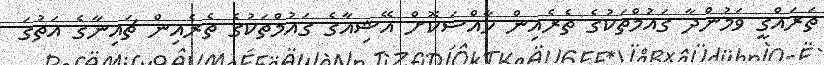
ތަރައްގީ ވަމުންދާ ގައުމްްތަކުގެ ތެރެއިން ހާއްސަކޮށް އޭޝިއާގެ ގައުމްތަކުގެ ތެރެއިންް ޗައިނާގެ އަތުގަ